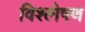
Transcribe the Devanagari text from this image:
विश्ल्‍ोषण